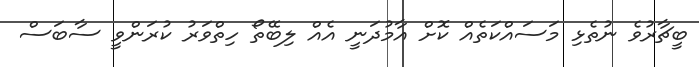
ބީޗާރުވެ ނުތެޅި މަސައްކަތެއް ކޮށް އާމުދަނީ އެއް ލިބޭތޯ ހިތްވަރު ކުރަންވީ ސާބަސް